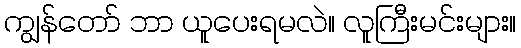
ကျွန်တော် ဘာ ယူပေးရမလဲ။ လူကြီးမင်းများ။